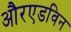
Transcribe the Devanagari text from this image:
औरएडविन